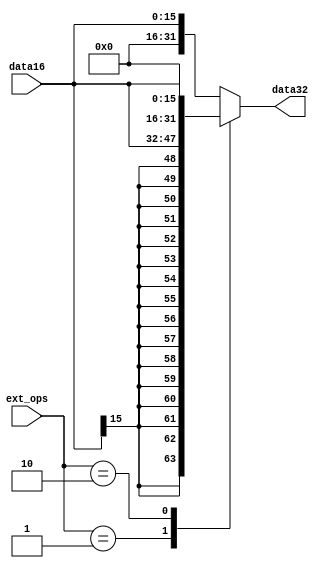
`timescale 1ns / 1ps
//////////////////////////////////////////////////////////////////////////////////
// Company: 
// Engineer: 
// 
// Design Name: 
// Module Name: extender
// Project Name: 
// Target Devices: 
// Tool Versions: 
// Description: 
// 
// Dependencies: 
// 
// Revision:
// Revision 0.01 - File Created
// Additional Comments:
// 
//////////////////////////////////////////////////////////////////////////////////


module extender(data32, data16,ext_ops);
output reg [31:0] data32;
input [15:0] data16;
input [1:0] ext_ops;
    
always@(ext_ops or data16)
begin
    case(ext_ops)
    2'b01: data32 = {{16{data16[15]}},data16};
    2'b10: data32 = {data16,{16{1'b0}}};
    default: data32 = {{16{1'b0}},data16};
    endcase
end
endmodule